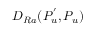
D _ { R a } ( P _ { u } ^ { ' } , P _ { u } )